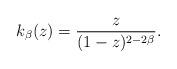
LaTeX: \begin{align*}k_{\beta}(z)=\dfrac{z}{(1-z)^{2-2\beta}}.\end{align*}